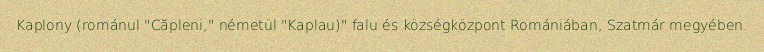
Kaplony (románul "Căpleni," németül "Kaplau)" falu és községközpont Romániában, Szatmár megyében.